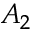
A _ { 2 }